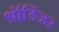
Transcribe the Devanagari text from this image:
श्रॉडिंजर